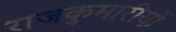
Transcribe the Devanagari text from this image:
राजकुमारीयों